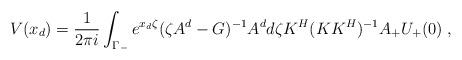
LaTeX: \begin{align*} V(x_d) = \frac{1}{2\pi i} \int_{\Gamma_-} e^{x_d\zeta}(\zeta A^d - G)^{-1} A^d d\zeta K^H(KK^H)^{-1} A_+U_+(0)\;,\end{align*}